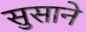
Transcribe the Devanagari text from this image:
सुसाने